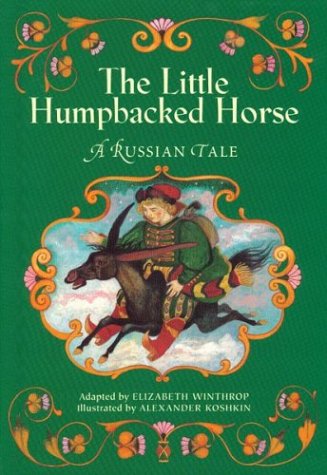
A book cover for The Little Humpbacked Horse: A Russian Tale; Elizabeth Winthrop; Children's Books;